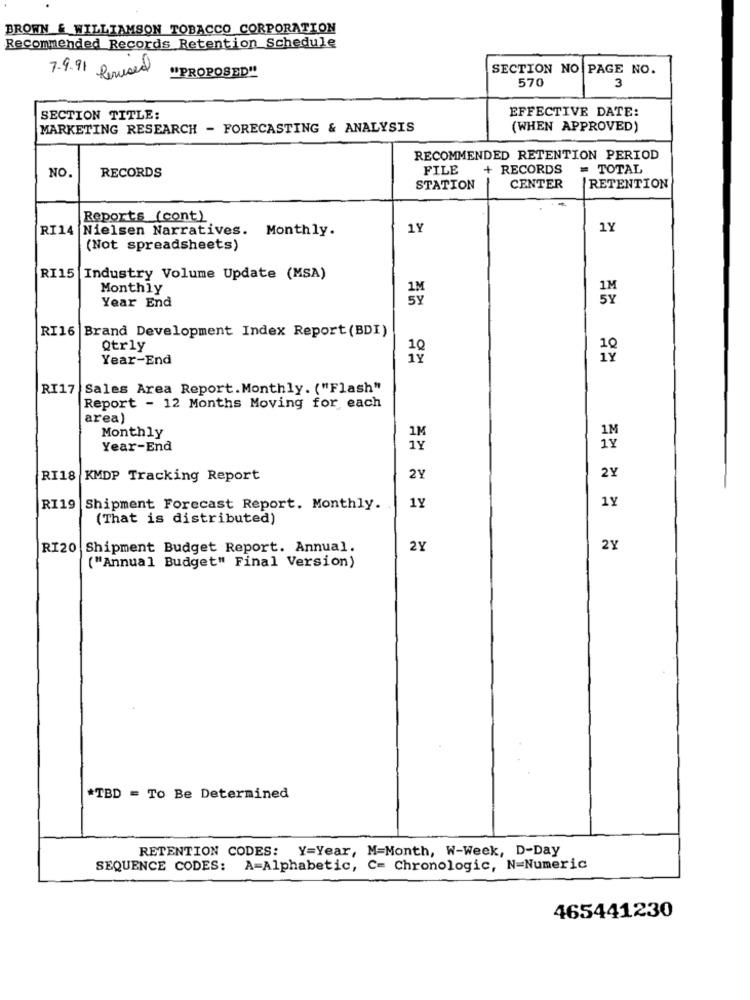
BROWN & WILLIAMSON TOBACCO CORPORATION
Recommended Records Retention Schedule
"PROPOSED"
SECTION NO PAGE NO.
7.9.91 Perused
570
3
EFFECTIVE DATE:
SECTION TITLE:
MARKETING RESEARCH - FORECASTING & ANALYSIS
(WHEN APPROVED)
RECOMMENDED RETENTION PERIOD
NO.
RECORDS
FILE
RECORDS
= TOTAL
STATION
CENTER
RETENTION
Reports (cont)
RI14 Nielsen Narratives. Monthly.
1Y
1Y
(Not spreadsheets)
RI15 Industry Volume Update (MSA)
Monthly
Year End
RI16 Brand Development Index Report (BDI)
19
Qtrly
Year-End
RI17 Sales Area Report. Monthly. ("Flash"
Report - 12 Months Moving for each
area)
Monthly
1M
1M
Year-End
1Y
1Y
2Y
RI18 KMDP Tracking Report
2Y
1Y
RI19
Shipment Forecast Report. Monthly.
1Y
(That is distributed)
RI20
Shipment Budget Report. Annual.
2Y
2Y
("Annual Budget" Final Version)
*TBD = To Be Determined
RETENTION CODES: Y=Year, M=Month, W-Week, D-Day
SEQUENCE CODES: A=Alphabetic, C= Chronologic, N=Numeric
465441230